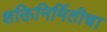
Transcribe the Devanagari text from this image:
शक्तिनिर्मितीचा